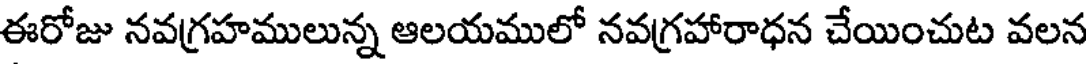
ఈరోజు నవగ్రహములున్న ఆలయములో నవగ్రహారాధన చేయించుట వలన